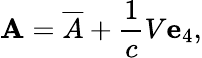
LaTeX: \mathbf{A}={\overline{{A}}}+{\frac{1}{c}}V\mathbf{e}_{4},